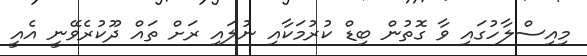
މިއިސްލާހުގައި ވާ ގޮތުން ބިޑް ކުރުމަކާއި ނުލައި ރަށް ތައް ދޫކުރެވޭނީ އެއީ